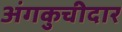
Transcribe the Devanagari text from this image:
अंगकुचीदार